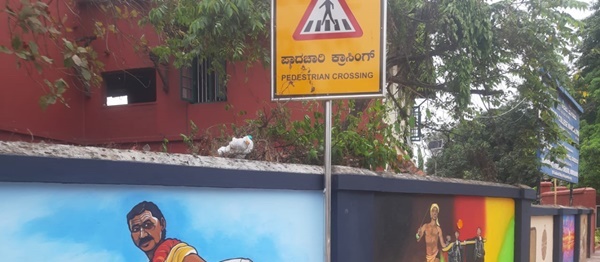
Language: kannada
Transcription: ಪಾದಚಾರಿ ಕ್ರಾಸಿಂಗ್